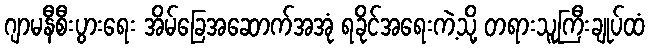
ဂျာမနီစီးပွားရေး အိမ်ခြေအဆောက်အအုံ ရခိုင်အရေးကဲ့သို့ တရားသူကြီးချုပ်ထံ